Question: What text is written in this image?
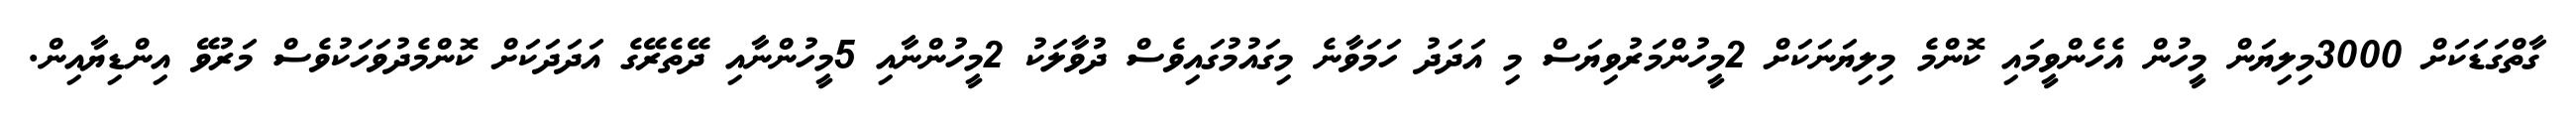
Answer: ގާތްގަޑަކަށް 3000މިލިޔަން މީހުން އެހެންވީމައި ކޮންމެ މިލިޔަނަކަށް 2މީހުންމަރުވިޔަސް މި އަދަދު ހަމަވާނެ މިގައުމުގައިވެސް ދުވާލަކު 2މީހުންނާއި 5މީހުންނާއި ދޭތެރޭގެ އަދަދަކަށް ކޮންމެދުވަހަކުވެސް މަރުވޭ އިންޑިޔާއިން.